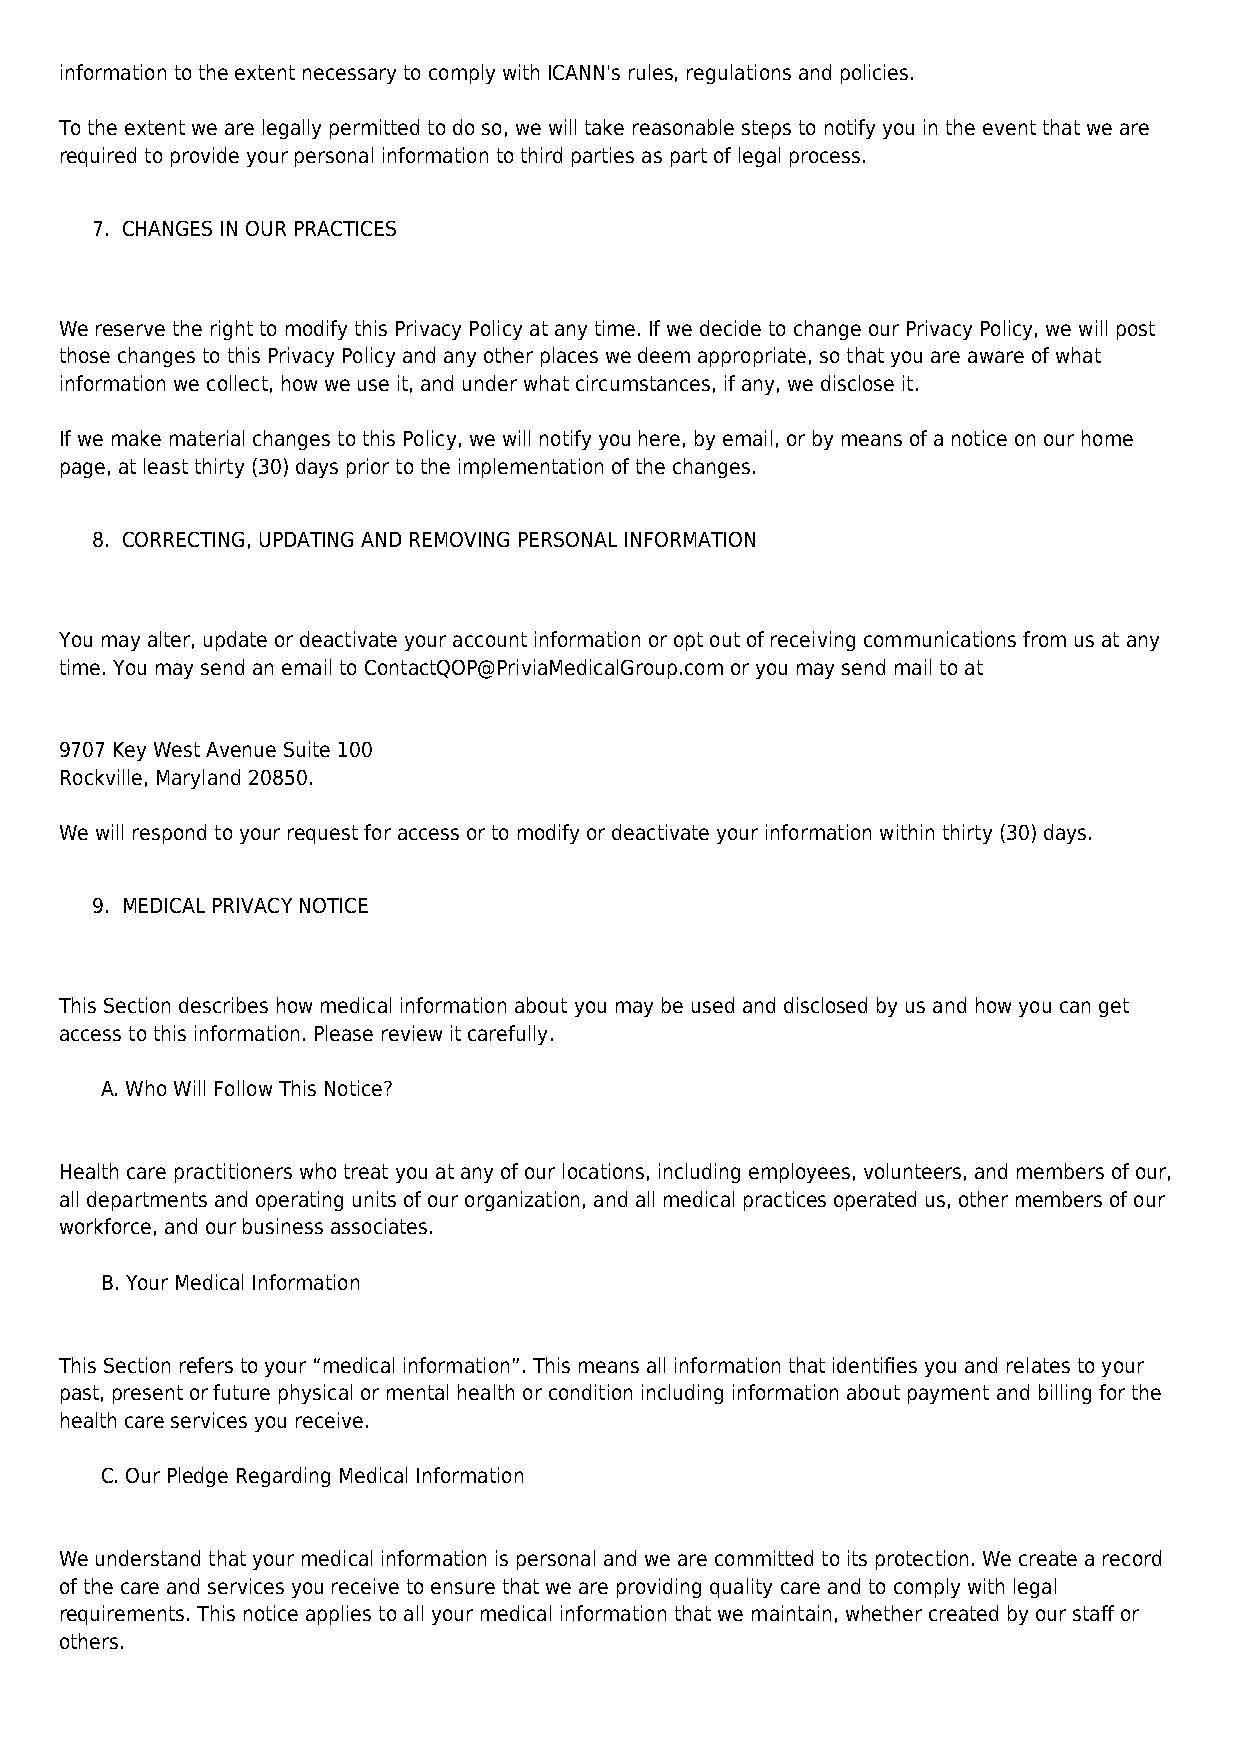
information to the extent necessary to comply with ICANN's rules, regulations and policies.
 To the extent we are legally permitted to do so, we will take reasonable steps to notify you in the event that we are
 required to provide your personal information to third parties as part of legal process.
 7. CHANGES IN OUR PRACTICES
 We reserve the right to modify this Privacy Policy at any time. If we decide to change our Privacy Policy, we will post
 those changes to this Privacy Policy and any other places we deem appropriate, so that you are aware of what
 information we collect, how we use it, and under what circumstances, if any, we disclose it.
 If we make material changes to this Policy, we will notify you here, by email, or by means of a notice on our home
 page, at least thirty (30) days prior to the implementation of the changes.
 8. CORRECTING, UPDATING AND REMOVING PERSONAL INFORMATION
 You may alter, update or deactivate your account information or opt out of receiving communications from us at any
 time. You may send an email to ContactQOP@PriviaMedicalGroup.com or you may send mail to at
 9707 Key West Avenue Suite 100
 Rockville, Maryland 20850.
 We will respond to your request for access or to modify or deactivate your information within thirty (30) days.
 9. MEDICAL PRIVACY NOTICE
 This Section describes how medical information about you may be used and disclosed by us and how you can get
 access to this information. Please review it carefully.
 A. Who Will Follow This Notice?
 Health care practitioners who treat you at any of our locations, including employees, volunteers, and members of our,
 all departments and operating units of our organization, and all medical practices operated us, other members of our
 workforce, and our business associates.
 B. Your Medical Information
 This Section refers to your “medical information”. This means all information that identifies you and relates to your
 past, present or future physical or mental health or condition including information about payment and billing for the
 health care services you receive.
 C. Our Pledge Regarding Medical Information
 We understand that your medical information is personal and we are committed to its protection. We create a record
 of the care and services you receive to ensure that we are providing quality care and to comply with legal
 requirements. This notice applies to all your medical information that we maintain, whether created by our staff or
 others.